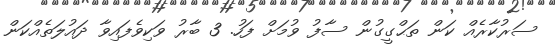
ސަރުކާރެއް ކަން ތަޙްގީގުން ސާފު ވުމަށް ފަހު. 3 ބާރު ވަކިވެފައިވާ ދައުލަތެއްކަން